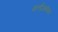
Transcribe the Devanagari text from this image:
वर्ल्डअवेयर